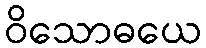
ဝိသောဓယေ